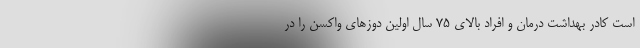
است کادر بهداشت درمان و افراد بالای 75 سال اولین دوزهای واکسن را در